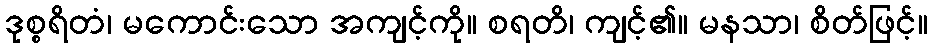
ဒုစ္စရိတံ၊ မကောင်းသော အကျင့်ကို။ စရတိ၊ ကျင့်၏။ မနသာ၊ စိတ်ဖြင့်။